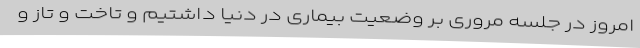
امروز در جلسه مروری بر وضعیت بیماری در دنیا داشتیم و تاخت و تاز و